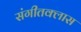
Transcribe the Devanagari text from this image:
संगीतक्लास